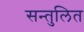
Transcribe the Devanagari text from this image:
सन्‍तुलित